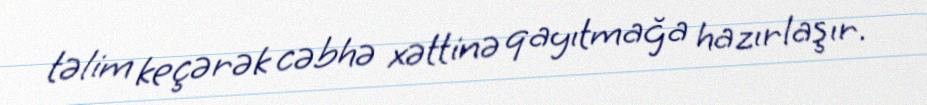
təlim keçərək cəbhə xəttinə qayıtmağa hazırlaşır.